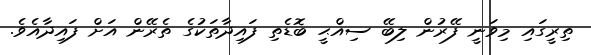
ތިރީގައި މިވަނީ ފޭރުން ލިބޭ ސިއްޙީ ބޮޑެތި ފައިދާތަކުގެ ތެރޭން އަށް ފައިދާއެވެ.